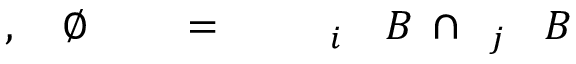
B \! \! \! \! \! \! \! \! \! \! \! \! _ { j } \! \! \! \! \! \! \! \! \! \! \! \! \cap \! \! \! \! \! \! \! \! \! \! \! \! B \! \! \! \! \! \! \! \! \! \! \! \! _ { i } \! \! \! \! \! \! \! \! \! \! \! \! \! \! \! \! \! \! \! \! \! \! \! \! = \! \! \! \! \! \! \! \! \! \! \! \! \! \! \! \! \! \! \! \! \! \! \! \! \emptyset \! \! \! \! \! \! \! \! \! \! \! \! , \! \! \! \! \! \! \! \! \! \! \!